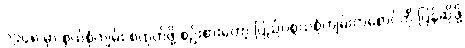
၁၉၄၈ မှာ စွယ်စုံကျမ်း စထုတ်ဖို့ စဉ်းစားတော့ ပြည်ပစွယ်စုံကျမ်းတစောင်ကို ပြန်ဆိုဖို့